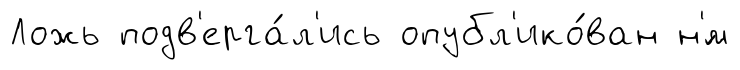
Ложь подв'ерга́л'ись опубл'ико́ван н'́м